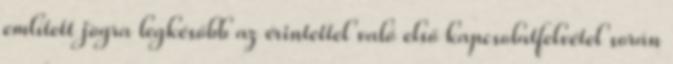
említett jogra legkésőbb az érintettel való első kapcsolatfelvétel során